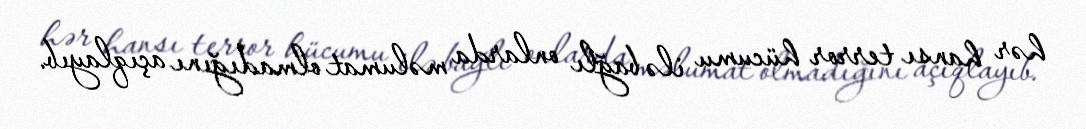
hər hansı terror hücumu ilə bağlı onlarda məlumat olmadığını açıqlayıb.